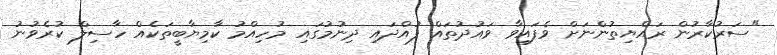
"ސަރުކާރުން ރައްޔިތުންނަށް ވެފައިވާ ވައުދުތައް ފުއްދައި ދިނުމުގައި މުހިއްމު ކާމިޔާބީތަކެއް ހާސިލް ކުރެވުނު